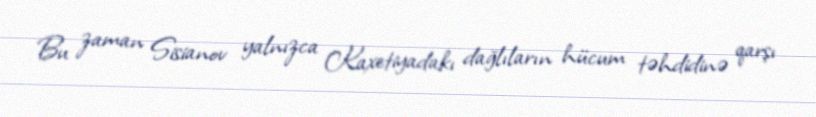
Bu zaman Sisianov yalnızca Kaxetiyadakı dağlıların hücum təhdidinə qarşı